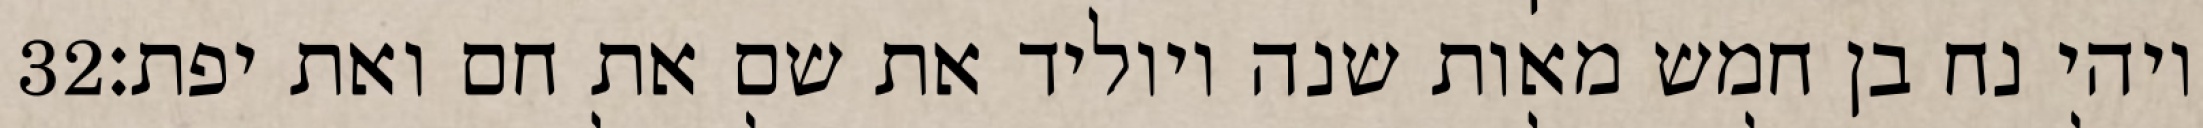
‎32‏ ויהי נח בן חמש מאות שנה ויוליד את שם את חם ואת יפת׃